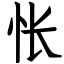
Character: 怅